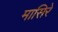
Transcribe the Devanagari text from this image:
मासिरे